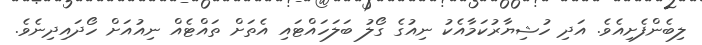
ލިބެންފެށިއެވެ. އަދި ހުޝިޔާރުކަމާއެކު ނިއުގެ ގޯލު ބަލަހައްޓައި އެތަށް ތައްޓެއް ނިއުއަށް ހޯދައިދިނެވެ.